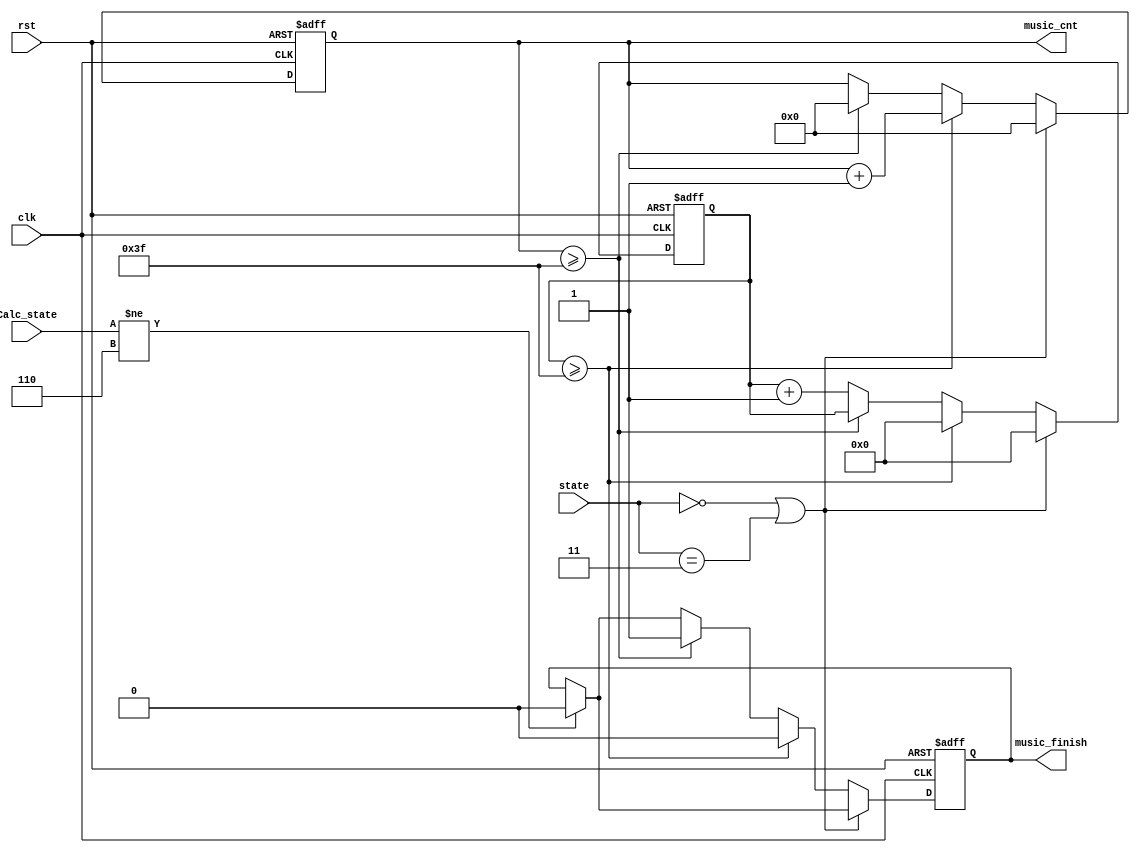
`timescale 1ns / 1ps
//////////////////////////////////////////////////////////////////////////////////
// Company: 
// Engineer: 
// 
// Design Name: 
// Module Name: MusicCnt
// Project Name: 
// Target Devices: 
// Tool Versions: 
// Description: 
// 
// Dependencies: 
// 
// Revision:
// Revision 0.01 - File Created
// Additional Comments:
// 
//////////////////////////////////////////////////////////////////////////////////


module MusicCnt(
    input wire       clk,
    input wire       rst,
    input wire [1:0] state,
    input wire [2:0] Calc_state,
    
    output reg [5:0] music_cnt,
    //    output reg [7:0] note,
	output reg       music_finish
);

    parameter RESULT = 6;
    parameter section = 63;
    parameter STOP = 2'b00 ,POSE = 2'b01 ,NEGA = 2'b10, FINISH = 2'b11;
    reg [7:0] cnt;
    

always @ (posedge clk ,posedge rst )
    begin    
        if(rst)
			begin
				cnt <= 8'b0;
				music_cnt <= 6'b0;
//				note <= 8'b0;
				music_finish <= 1'b0;
			end
		else 
            begin
                if(Calc_state!=RESULT)
                    music_finish <= 1'b0;
                    
                if(state==STOP||state==FINISH)
                    begin
                        cnt <= 8'b0;
                        music_cnt <= 6'b0;
//                        music_finish <= 1'b1;
                    end
                else if( cnt >= section )
                    begin                   
                        music_cnt <= music_cnt + 1;
                        cnt <= 8'b0;
                        music_finish <= 1'b0;
                    end
				else if(music_cnt >= 63)
				    begin
					   music_finish <= 1'b1;
					   music_cnt <= 0;
					end
                else
                    cnt <= cnt + 1;                                                            
            end
    end  
endmodule